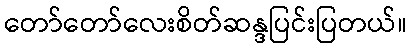
တော်တော်လေးစိတ်ဆန္ဒပြင်းပြတယ်။